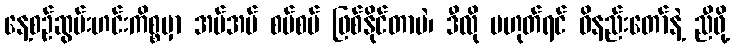
နေ့စဉ်ဆွမ်းဟင်းကိစ္စမှာ အပ်အပ် စပ်စပ် ဖြစ်နိုင်တာပဲ၊ ဒီလို မဟုတ်ရင် ဝိနည်းတော်နဲ့ ညီဖို့